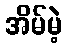
အိမ်မဲ့